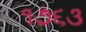
૧૭૬૩